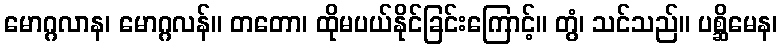
မောဂ္ဂလာန၊ မောဂ္ဂလန်။ တတော၊ ထိုမပယ်နိုင်ခြင်းကြောင့်။ တွံ၊ သင်သည်။ ပစ္ဆိမေန၊